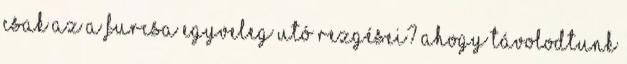
csak az a furcsa egyveleg utó rezgései? Ahogy távolodtunk